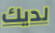
لديك